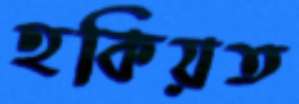
হকিয়ত